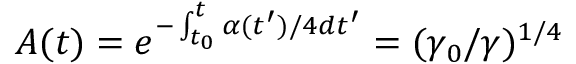
A ( t ) = e ^ { - \int _ { t _ { 0 } } ^ { t } \alpha ( t ^ { \prime } ) / 4 d t ^ { \prime } } = ( \gamma _ { 0 } / \gamma ) ^ { 1 / 4 }